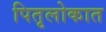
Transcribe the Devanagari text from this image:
पितृलोकात